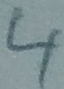
Text: 4